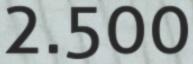
2.500